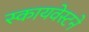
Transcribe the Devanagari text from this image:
स्कायवेस्टने